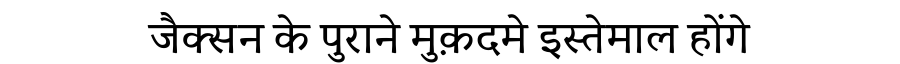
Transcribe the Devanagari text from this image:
जैक्सन के पुराने मुक़दमे इस्तेमाल होंगे